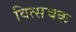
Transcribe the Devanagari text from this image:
वित्सचक